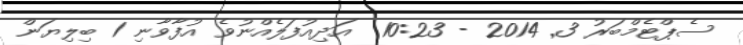
ސެޕްޓެމްބަރު 3